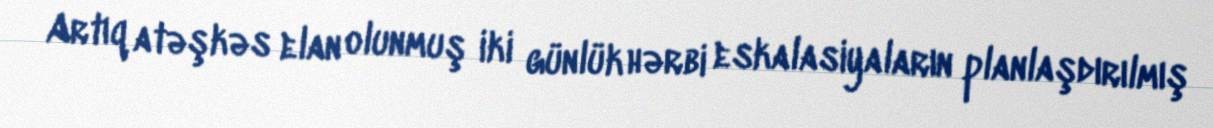
Artıq atəşkəs elan olunmuş iki günlük hərbi eskalasiyaların planlaşdırılmış